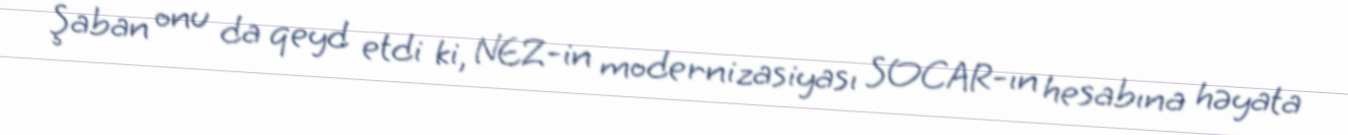
Şaban onu da qeyd etdi ki, NEZ-in modernizasiyası SOCAR-ın hesabına həyata